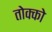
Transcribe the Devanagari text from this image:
तोक्को